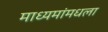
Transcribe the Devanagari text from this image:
माध्यमांमधला